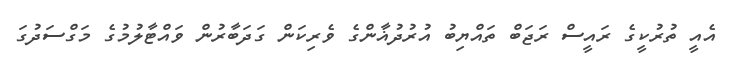
އެއީ ތުރުކީގެ ރައީސް ރަޖަބް ތައްޔިބު އުރުދުޣާންގެ ވެރިކަން ގަދަބާރުން ވައްޓާލުމުގެ މަގްސަދުގަ